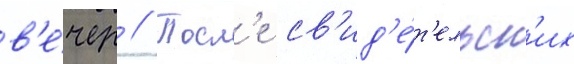
в'е́чер // Посл'е св'ид'е́т'ельск'их